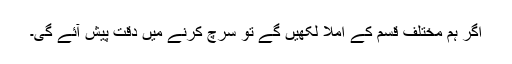
اگر ہم مختلف قسم کے املا لکھیں گے تو سرچ کرنے میں دقت پیش آئے گی۔